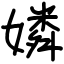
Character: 嫾